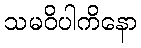
သမဝိပါကိနော